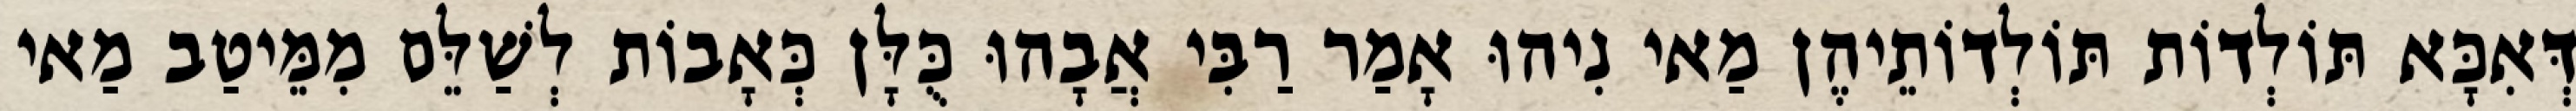
דְּאִכָּא תּוֹלְדוֹת תּוֹלְדוֹתֵיהֶן מַאי נִיהוּ אָמַר רַבִּי אֲבָהוּ כֻּלָּן כְּאָבוֹת לְשַׁלֵּם מִמֵּיטַב מַאי